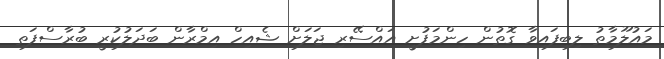
މައުލޫމާތު ލިބިފައިވާ ގޮތުން ހިންމަފުށީ އައްސޭރި ޖަލަށް ޝެއިހް އިމްރާން ބަދަލުކުރީ ބުރާސްފަތި